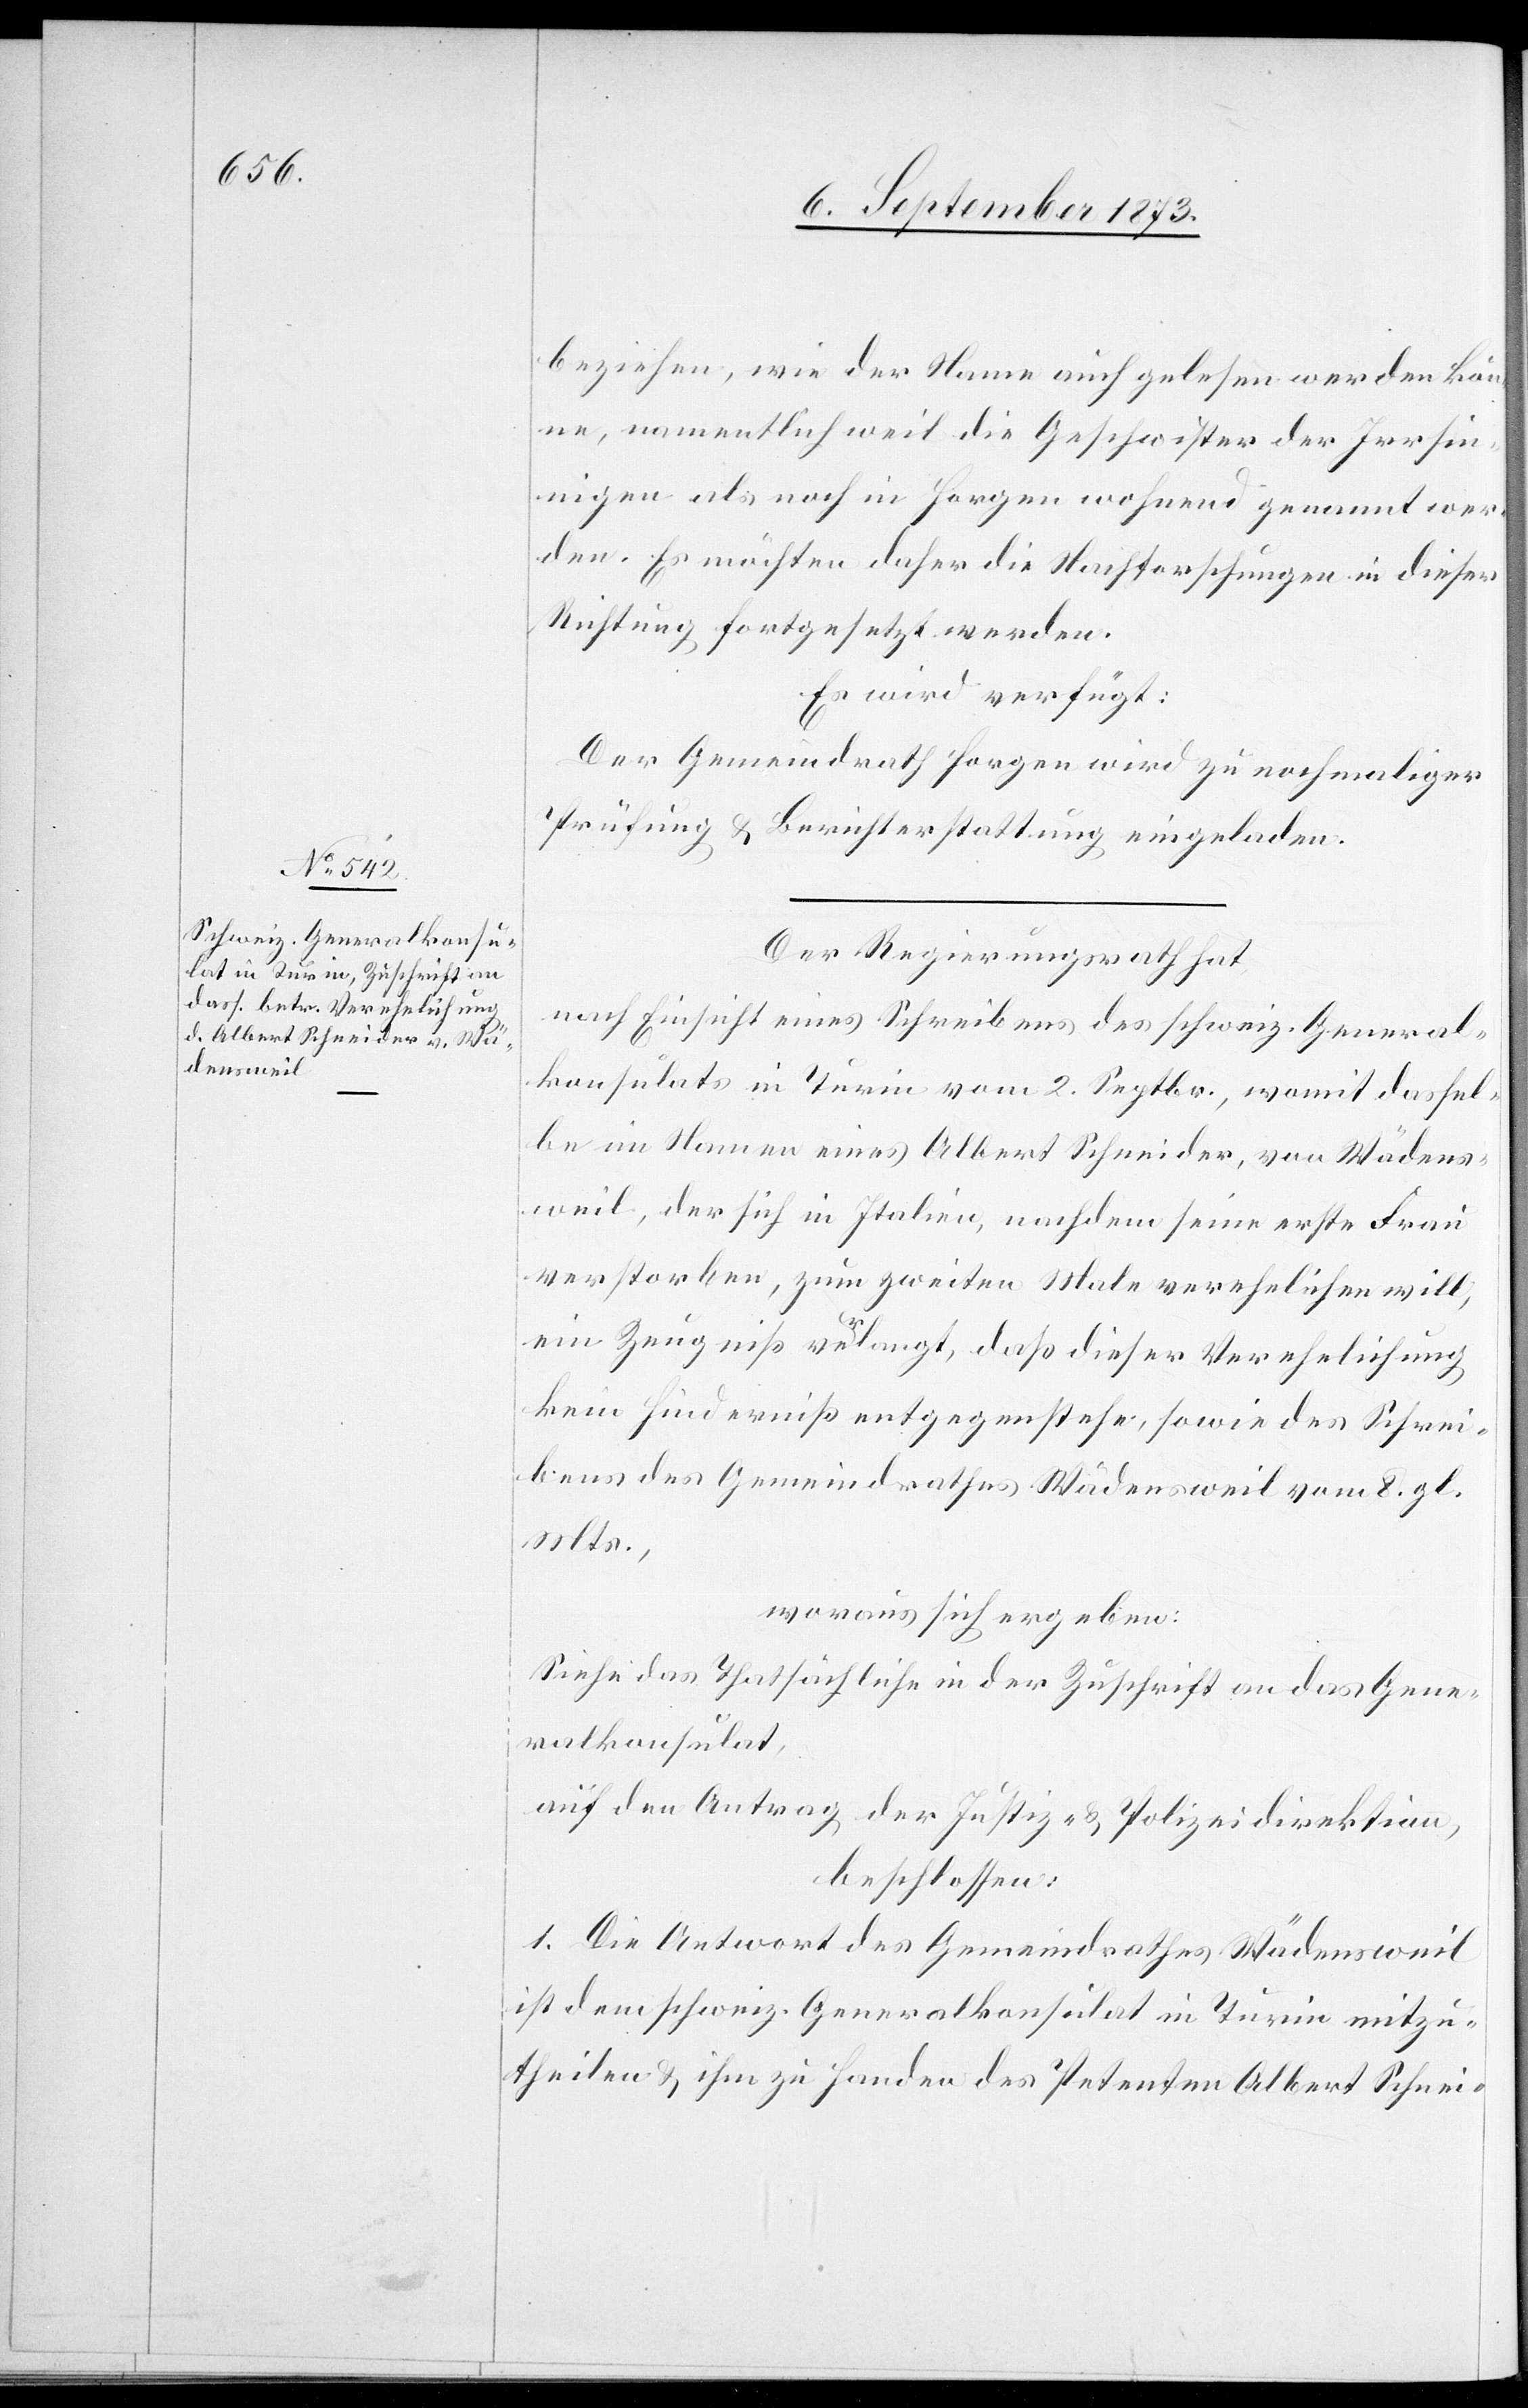
11. September 1873.]
beziehen, wie der Name auch gelesen werden kön¬
ne, namentlich weil die Geschwister der Irrsin¬
nigen als noch in Horgen wohnend genannt wer¬
den. Es möchten daher die Nachforschungen in dieser
Richtung fortgesetzt werden.
Es wird verfügt:
Der Gemeindrath Horgen wird zu nochmaliger
Prüfung & Berichterstattung eingeladen.
Der Regierungsrath hat,
nach Einsicht eines Schreibens des schweiz. General¬
konsulats in Turin vom 2. Septbr., womit dassel¬
be im Namen eines Albert Schneider, von Wädens¬
weil, der sich in Italien, nachdem seine erste Frau
verstorben, zum zweiten Male verehelichen will,
ein Zeugniß verlangt, daß dieser Verehelichung
kein Hinderniß entgegenstehe, sowie des Schrei¬
bens des Gemeindrathes Wädensweil vom 8. gl.
Mts.,
woraus sich ergeben:
Siehe das Thatsächliche in der Zuschrift an das Gene¬
ralkonsulat,
auf den Antrag der Justiz- & Polizeidirektion,
beschlossen:
1. Die Antwort des Gemeindrathes Wädensweil
ist dem schweiz. Generalkonsulat in Turin mitzu¬
theilen & ihm zu Handen des Petenten Albert Schnei-